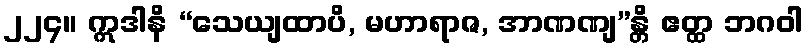
၂၂၄။ ဣဒါနိ “သေယျထာပိ, မဟာရာဇ, အာဏဏျ”န္တိ ဧတ္ထ ဘဂဝါ